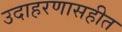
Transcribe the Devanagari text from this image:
उदाहरणासहीत